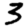
Digit: 3